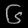
Digit: ၆